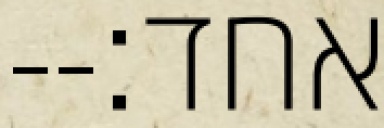
אחד׃--